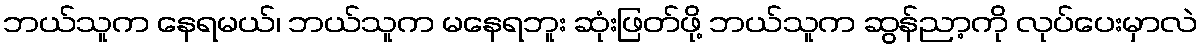
ဘယ်သူက နေရမယ်၊ ဘယ်သူက မနေရဘူး ဆုံးဖြတ်ဖို့ ဘယ်သူက ဆွန်ညာ့ကို လုပ်ပေးမှာလဲ